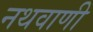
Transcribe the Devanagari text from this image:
नथवाणी